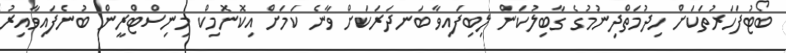
ބޯޓުފަހަރުތަކަށް ހިދުމަތްދިނުމުގެ ގާބިލުކަން ލިބިފައިވާ ބަނދަރަކަށް ވާނެ ކަމަށް އިކޮނޮމިކް މިނިސްޓްރީން ބުނެފައިވާއިރު